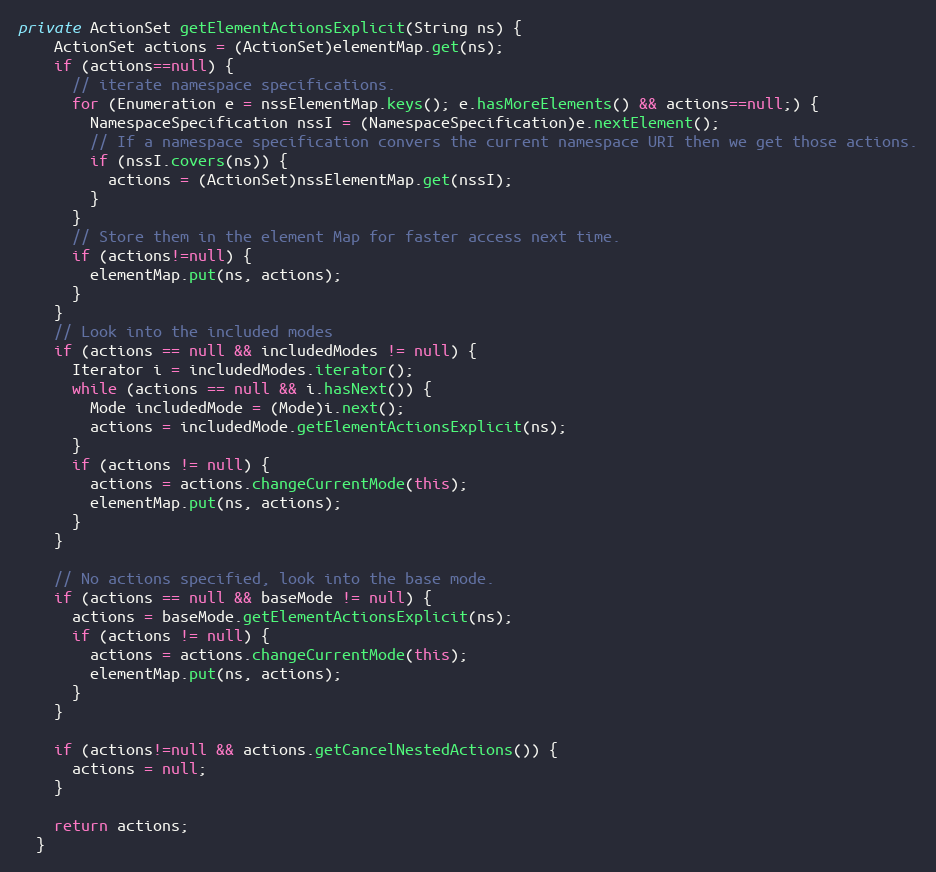
Language: Java
private ActionSet getElementActionsExplicit(String ns) {
    ActionSet actions = (ActionSet)elementMap.get(ns);
    if (actions==null) {
      // iterate namespace specifications.
      for (Enumeration e = nssElementMap.keys(); e.hasMoreElements() && actions==null;) {
        NamespaceSpecification nssI = (NamespaceSpecification)e.nextElement();
        // If a namespace specification convers the current namespace URI then we get those actions.
        if (nssI.covers(ns)) {
          actions = (ActionSet)nssElementMap.get(nssI);
        }
      }
      // Store them in the element Map for faster access next time.
      if (actions!=null) {
        elementMap.put(ns, actions);
      }
    }
    // Look into the included modes
    if (actions == null && includedModes != null) {
      Iterator i = includedModes.iterator();
      while (actions == null && i.hasNext()) {
        Mode includedMode = (Mode)i.next();
        actions = includedMode.getElementActionsExplicit(ns);
      }
      if (actions != null) {
        actions = actions.changeCurrentMode(this);
        elementMap.put(ns, actions);
      }
    }

    // No actions specified, look into the base mode.
    if (actions == null && baseMode != null) {
      actions = baseMode.getElementActionsExplicit(ns);
      if (actions != null) {
        actions = actions.changeCurrentMode(this);
        elementMap.put(ns, actions);
      }
    }

    if (actions!=null && actions.getCancelNestedActions()) {
      actions = null;
    }

    return actions;
  }